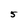
Character: 5